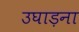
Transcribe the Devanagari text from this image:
उघाड़ना